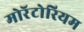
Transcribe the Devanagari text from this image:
मोरॅटोरियम